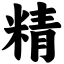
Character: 精